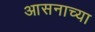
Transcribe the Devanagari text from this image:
आसनाच्या